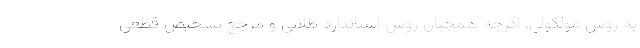
به روش مولکولی، اگرچه همچنان روش استاندارد طلایی و مرجع تشخیص قطعی